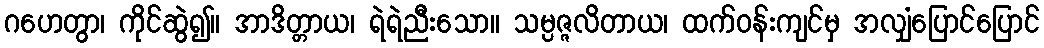
ဂဟေတွာ၊ ကိုင်ဆွဲ၍။ အာဒိတ္တာယ၊ ရဲရဲညီးသော။ သမ္ပဇ္ဇလိတာယ၊ ထက်ဝန်းကျင်မှ အလျှံပြောင်ပြောင်